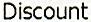
DISCOUNT